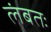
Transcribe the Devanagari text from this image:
लंबतः